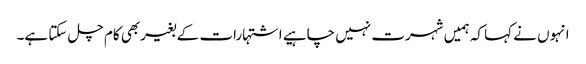
انہوں نے کہا کہ ہمیں شہرت نہیں چاہیے اشتہارات کے بغیربھی کام چل سکتا ہے۔